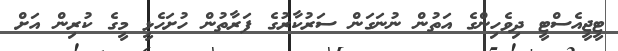
ޓީޖީއެސްޓީ ދިވެހިންގެ އަތުން ނުނަގަން ސަރުކާރުގެ ފަރާތުން ހުށަހެޅީ މީގެ ކުރިން އަށް